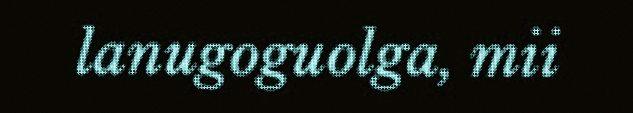
lanugoguolga, mii